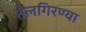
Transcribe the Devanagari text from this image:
तेलगिरण्या